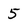
Character: 5